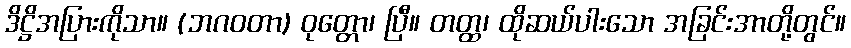
ဒိဋ္ဌိအပြားကိုသာ။ (ဘဂဝတာ) ဝုတ္တော၊ ပြီ။ တတ္ထ၊ ထိုဆယ်ပါးသော အခြင်းအာတို့တွင်။